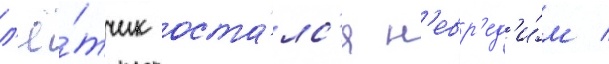
л'ё́тчик оста́лс'я н'евр'ед'и́м /